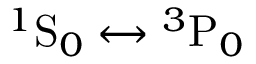
{ ^ 1 } \mathrm { S } _ { 0 } \leftrightarrow { } { ^ 3 } \mathrm { P } _ { 0 }